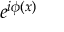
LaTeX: e ^ { i \phi ( x ) }